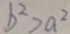
b ^ { 2 } > a ^ { 2 }